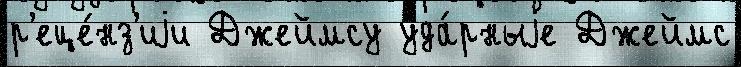
р'еце́нз'иjи Джеймсу уда́рныjе Джеймс